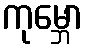
ကုမ္ဘော